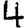
Digit: 4